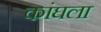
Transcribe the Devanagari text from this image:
कांघला